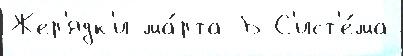
Жер'ядк'и ма́рта Б С'ист'е́ма